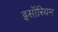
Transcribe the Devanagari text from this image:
इसॉरियन